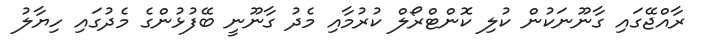
ރާއްޖޭގައި ގާނޫނަކުން ކުލި ކޮންޓްރޯލް ކުރުމާއި މެދު ގާނޫނީ ބޭފުޅުންގެ މެދުގައި ހިޔާލު